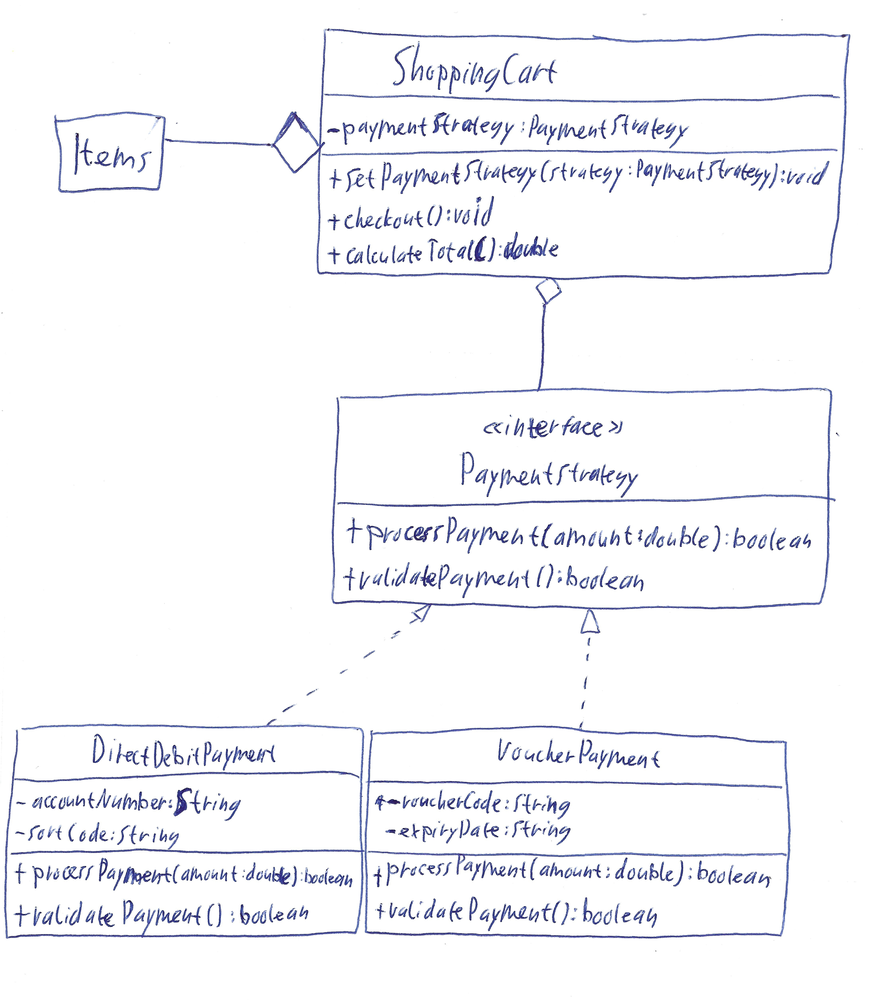
Diagram type: class_diagram
```plantuml
@startuml

class Items

class ShoppingCart {
  - paymentStrategy: PaymentStrategy
  + setPaymentStrategy(strategy: PaymentStrategy): void
  + checkout(): void
  + calculateTotal(): double
}

interface PaymentStrategy {
  + processPayment(amoun: double): boolean
  + validatePayment(): boolean
}

class DirectDebitPayment implements PaymentStrategy {
  - accountNumber: String
  - sortCode: String
  + processPayment(amount: double): boolean
  + validatePayment(): boolean
}

class VoucherPayment implements PaymentStrategy {
  - voucherCode: String
  - expiryDate: String
  + processPayment(amount: double): boolean
  + validatePayment(): boolean
}

ShoppingCart o-- PaymentStrategy

Items --o ShoppingCart

@enduml
```